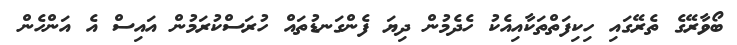
ބޯވާރޭގެ ތެރޭގައި ހިކިފަތްތަކާއިއެކު ހެދެމުން ދިޔަ ފެންގަނޑުތައް ހުރަސްކުރަމުން އައިސް އެ އަންހެން